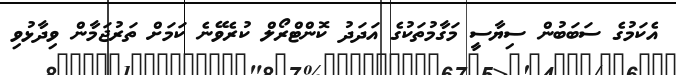
އެކަމުގެ ސަބަބުން ސިޔާސީ މަގާމުތަކުގެ އަދަދު ކޮންޓްރޯލް ކުރެވޭނެ ކަމަށް ތަރުޖަމާން ވިދާޅުވި